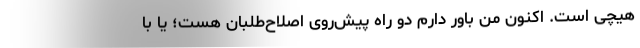
هیچی است. اکنون من باور دارم دو راه پیش‌روی اصلاح‌طلبان هست؛ یا با